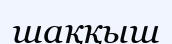
шаққыш